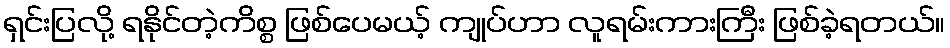
ရှင်းပြလို့ ရနိုင်တဲ့ကိစ္စ ဖြစ်ပေမယ့် ကျုပ်ဟာ လူရမ်းကားကြီး ဖြစ်ခဲ့ရတယ်။